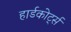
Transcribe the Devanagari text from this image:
हार्डकोर्ट्स